Report of cholera committee
Disease focus: Cholera
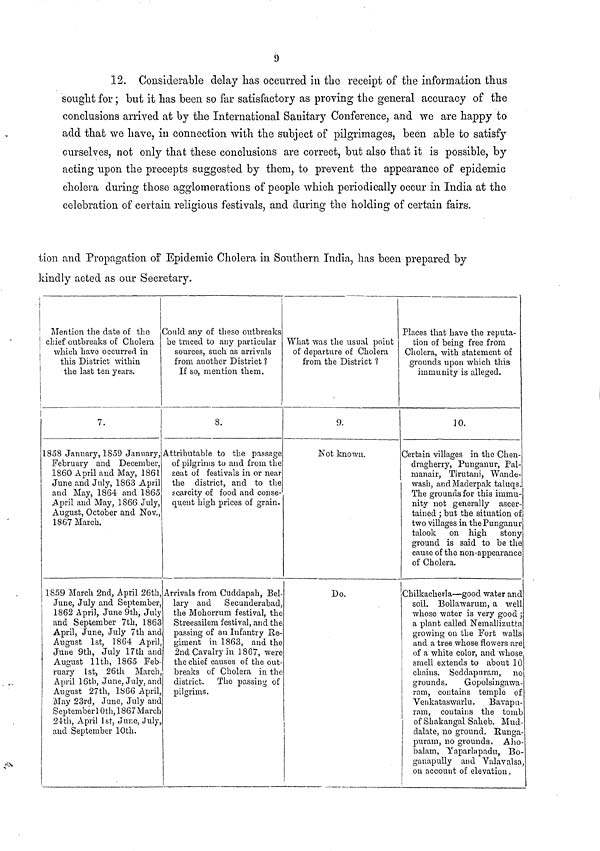
9
12. Considerable delay has occurred in the receipt of the information thus
sought for ; but it has been so far satisfactory as proving the general accuracy of the
conclusions arrived at by the International Sanitary Conference, and we are happy to
add that we have, in connection with the subject of pilgrimages, been able to satisfy
ourselves, not only that these conclusions are correct, but also that it is possible, by
acting upon the precepts suggested by them, to prevent the appearance of epidemic
cholera during those agglomerations of people which periodically occur in India at the
celebration of certain religious festivals, and during the holding of certain fairs.
lion and Propagation of Epidemic Cholera in Southern India, has been prepared by
kindly acted as our Secretary.
Mention the date of the
chief outbreaks of Cholera
which have occurred in
this District within
the last ten years.
1858 January, 1859 January,
February and December,
1860 April and May, 1861
June and July, 1863 April
and May, 1864 and 1865
April and May, 1866 July,
August, October and Nov.,
1867 March.
1859 March 2nd, April 26th,
June, July and September,
1862 April, June 9th, July
and September 7th, 1863
April, June, July 7th and
August 1st, 1864 April,
June 9th, July 17th and
August 11th, 1865 Feb-
ruary 1st, 26th March,
April 16th, June, July, and
August 27th, 1866 April,
May 23rd, June, July and
September 10th, 1867 March
24th, April 1st, June, July,
and September 10th.
Could any of these outbreaks
be traced to any particular
sources, such as arrivals
from another District ?
If so, mention them.
8.
Attributable to the passage
of pilgrims to and from the
seat of festivals in or near
the district, and to the
scarcity of food and conse-
quent high prices of grain.
Arrivals from Cuddapah, Bel-
lary and Secunderabad,
the Mohorrum festival, the
Streesailem festival, and the
passing of an Infantry Re-
giment in 1863, and the
2nd Cavalry in 1867, were
the chief causes of the out-
breaks of Cholera in the
district. The passing of
pilgrims.
What was the usual point
of departure of Cholera
from the District ?
9.
Not known.
Do.
Places that have the reputa-
tion of being free from
Cholera, with statement of
grounds upon which this
immunity is alleged.
10.
Certain villages in the Chen-
dragherry, Punganur, Pal-
manair, Tirutani, Wande-
wash, and Maderpak taluqs.
The grounds for this immu-
nity not generally ascer-
tained ; but the situation of
two villages in the Punganur
talook on high stony
ground is said to be the
cause of the non-appearance
of Cholera.
Chilkacherla—good water and
soil. Bollawarum, a well
whose water is very good ;
a plant called Nemallizutta
growing on the Fort walls
and a tree whose flowers are
of a white color, and whose
smell extends to about 10
chains. Seddapuram, no
grounds.
Gopolsingawa-
ram, contains temple of
Venkataswarlu. Bavapu-
ram, contains the tomb
of Shakangal Saheb. Mud-
dalate, no ground. Runga-
puram, no grounds. Aho-
balam, Yaparlapadu, Bo-
ganapully and Valavalsa,
on account of elevation.